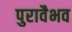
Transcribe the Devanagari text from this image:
पुरावैभव